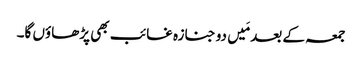
جمعہ کے بعد مَیں دو جنازہ غائب بھی پڑھاؤں گا۔